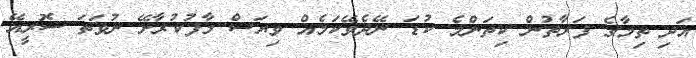
އަދި ތިމާގެ ފަރާތުން ކިތަންމެ ކުޑަ ނޭދެވޭކަމެއް ވިޔަސް މާފުކުރާށޭ ނުވަތަ ސޮރީއޭ